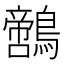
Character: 𪆡